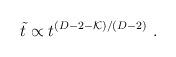
LaTeX: \begin{align*}\tilde{t} \propto t^{(D-2-{\cal K})/(D-2)} \ .\end{align*}